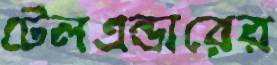
টেলএন্ডারের